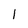
Character: 1